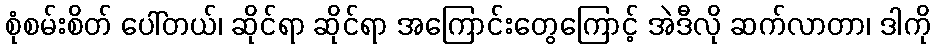
စုံစမ်းစိတ် ပေါ်တယ်၊ ဆိုင်ရာ ဆိုင်ရာ အကြောင်းတွေကြောင့် အဲဒီလို ဆက်လာတာ၊ ဒါကို